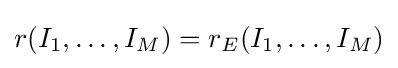
r(I_{1},\ldots ,I_{M})=r_{E}(I_{1},\ldots ,I_{M})